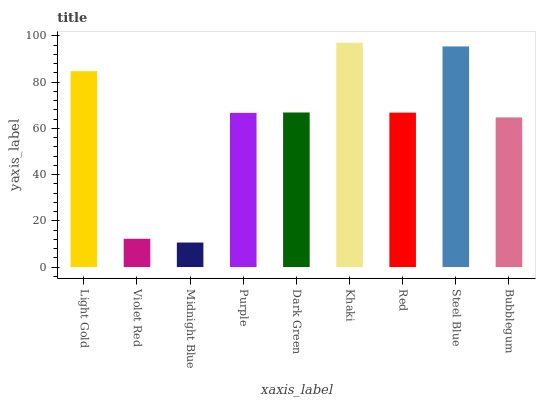
| xaxis_label | bars |
 | --- | --- |
 | Light Gold | 84.7 |
 | Violet Red | 12.2 |
 | Midnight Blue | 10.6 |
 | Purple | 66.7 |
 | Dark Green | 66.8 |
 | Khaki | 97 |
 | Red | 66.8 |
 | Steel Blue | 95.4 |
 | Bubblegum | 64.7 |